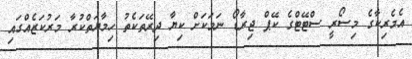
އެމެރިކާގެ މިސޯރީ ސްޓޭޓްގެ ކޭޕް ޖިރާޑޯ ނަމަކަށް ކިޔާ ދިރޭތަކެތު ހިމާޔަތްކުރާ މަރުކަޒެއްގައި